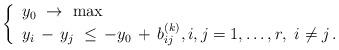
LaTeX: \begin{align*}\left\{\begin{array}{l}y_0 \ \to \ \max\\y_i\, - \, y_j \ \le \, - y_0 \, + \, b^{(k)}_{ij}, i, j = 1, \ldots , r, \ i \ne j\, .\end{array}\right.\end{align*}